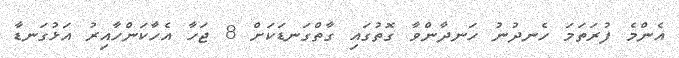
އެންމެ ފުރަތަމަ ހެނދުނު ހަނދާންވާ ގޮތުގައި ގާތްގަނޑަކަށް 8 ޖަހާ އެހާކަންހާއިރު އަޅުގަނޑާ